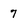
Character: 7